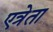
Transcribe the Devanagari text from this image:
एत्रेता